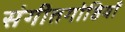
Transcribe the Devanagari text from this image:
संगीतगोष्ठियाँ